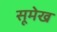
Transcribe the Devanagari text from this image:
सूमेख